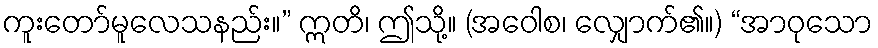
ကူးတော်မူလေသနည်း။” ဣတိ၊ ဤသို့။ (အဝေါစ၊ လျှောက်၏။) “အာဝုသော